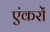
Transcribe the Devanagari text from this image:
एंकरों